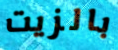
بالزيت